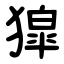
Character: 獔